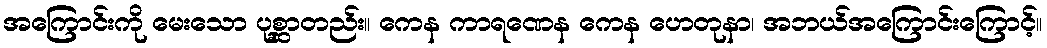
အကြောင်းကို မေးသော ပုစ္ဆာတည်း။ ကေန ကာရဏေန ကေန ဟေတုနာ၊ အဘယ်အကြောင်းကြောင့်။